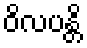
ဝိလပန္တိ